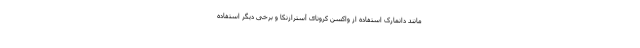
مانند دانمارک استفاده از واکسن کرونای آسترازنکا و برخی دیگر استفاده